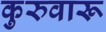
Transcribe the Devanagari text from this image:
कुरुवारू